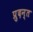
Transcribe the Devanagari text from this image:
प्रुदन्त